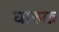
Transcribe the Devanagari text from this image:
घारुक